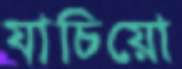
যাচিয়ো